Civil Veterinary Dept. Bombay admin report 1932-41 - 1932-1941
Year: 1932
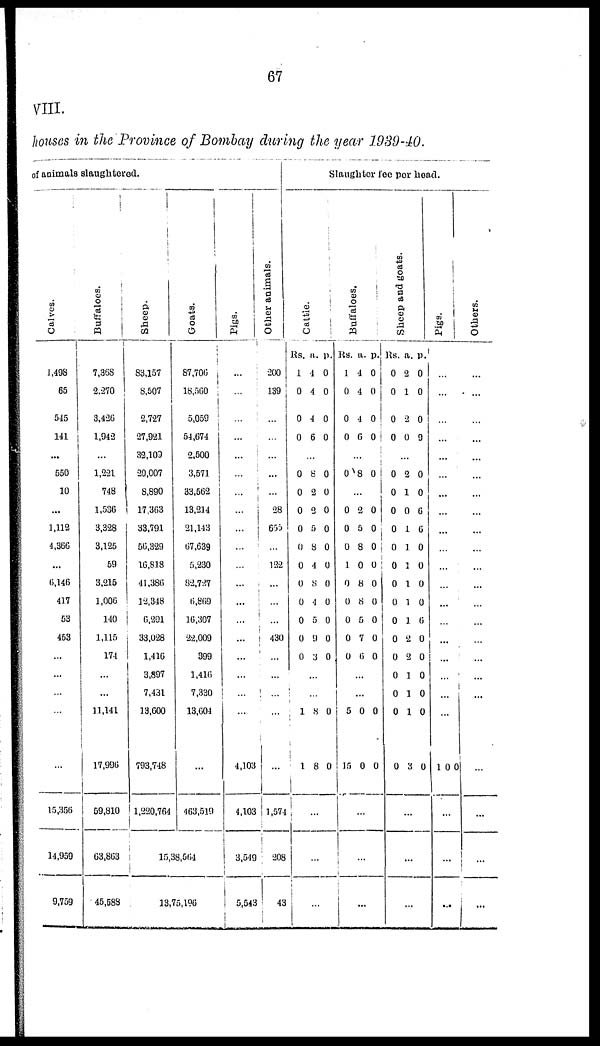
67
VIII.
houses in the Province of Bombay during the year 1939-40.
of animals slaughtered.
Calves.
1,498
65
545
141
...
550
10
...
1,112
4,366
...
6,146
417
53
453
...
...
...
...
...
15,356
14,959
9,759
Buffaloes.
7,368
2,270
3,426
1,942
1,221
748
1,536
3,328
3,125
59
3,215
1,006
140
1,115
174
...
...
11,141
17,996
59,810
63,863
45,588
Sheep.
83,157
8,507
2,727
27,921
32,109
20,007
8,890
17,363
33,791
56,329
16,818
41,386
12,348
6,291
33,028
1,416
3,897
7,431
13,600
793,748
1,220,764
Goats.
87,706
18,560
5,059
54,674
2,500
3,571
33,562
13,214
21,143
67,639
5,230
82,727
6,869
16,307
22,009
399
1,416
7,330
13,604
...
463,519
15,38,564
13,75,196
Pigs.
...
...
...
...
...
...
...
...
...
...
...
...
...
...
...
...
...
...
...
4,103
4,103
3,549
5,543
Other animals.
200
139
...
...
...
...
...
28
655
...
122
...
...
...
430
...
...
...
...
...
1,574
208
43
Slaughter fee per head.
Cattle.
Rs.
1
0
0
0
a.
4
4
4
6
p.
0
0
0
0
...
0
0
0
0
0
0
0
0
0
0
0
8
2
2
5
8
4
8
4
5
9
3
0
0
0
0
0
0
0
0
0
0
0
...
...
1
1
8
8
0
0
...
...
...
Buffaloes.
Rs.
1
0
0
0
a.
4
4
4
6
p.
0
0
0
0
...
0 8 0
...
0
0
0
1
0
0
0
0
0
2
5
8
0
8
8
5
7
6
0
0
0
0
0
0
0
0
0
...
...
5
15
0
0
0
0
...
...
...
Sheep and goats.
Rs.
0
0
0
0
a.
2
1
2
0
p.
0
0
0
9
0
0
0
0
0
0
0
0
0
0
0
0
0
0
0
2
1
0
1
1
1
1
1
1
2
2
1
1
1
3
0
0
6
6
0
0
0
0
6
0
0
0
0
0
0
...
...
...
Pigs.
...
...
...
...
...
...
...
...
...
...
...
...
...
...
...
...
...
...
...
1 0 0
...
...
...
Others.
...
...
...
...
...
...
...
...
...
...
...
...
...
...
...
...
...
...
...
...
...
...
. . .